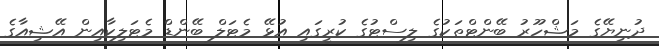
ދުނިޔޭގެ މަޝްހޫރު ބޭންޓްތަކުގެ ލިސްޓުގެ ކުރީގައި އުޅޭ މެޓަލް ބޭންޑް މެޓަލިކާއިން އޭޝިއާގެ